画像に写った文字を読んでください
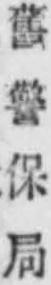
「舊警保局」と書いてあります